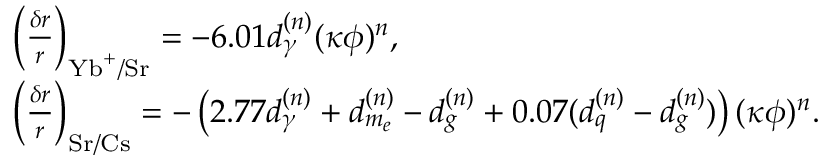
\begin{array} { r l } & { \left( \frac { \delta r } { r } \right) _ { \mathrm { Y b } ^ { + } / \mathrm { S r } } = - 6 . 0 1 d _ { \gamma } ^ { ( n ) } ( \kappa \phi ) ^ { n } , } \\ & { \left( \frac { \delta r } { r } \right) _ { \mathrm { S r } / \mathrm { C s } } = - \left( 2 . 7 7 d _ { \gamma } ^ { ( n ) } + d _ { m _ { e } } ^ { ( n ) } - d _ { g } ^ { ( n ) } + 0 . 0 7 ( d _ { q } ^ { ( n ) } - d _ { g } ^ { ( n ) } ) \right) ( \kappa \phi ) ^ { n } . } \end{array}